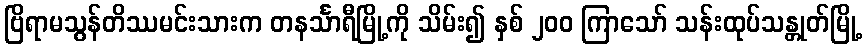
ဗြိရာမသွန်တိဿမင်းသားက တနင်္သာရီမြို့ကို သိမ်း၍ နှစ် ၂၀၀ ကြာသော် သန်းထုပ်သန္တုတ်မြို့